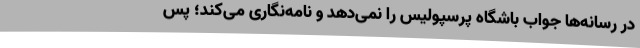
در رسانه‌ها جواب باشگاه پرسپولیس را نمی‌دهد و نامه‌نگاری می‌کند؛ پس